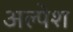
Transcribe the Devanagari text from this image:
अल्पेश